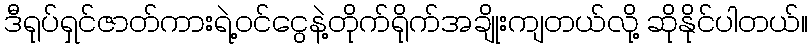
ဒီရုပ်ရှင်ဇာတ်ကားရဲ့ဝင်ငွေနဲ့တိုက်ရိုက်အချိုးကျတယ်လို့ ဆိုနိုင်ပါတယ်။